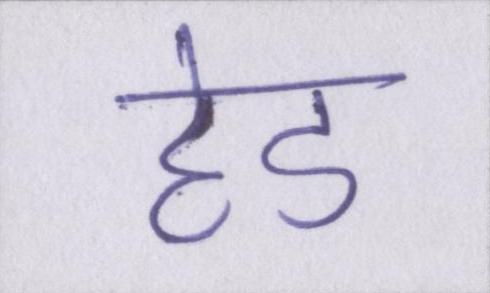
हेड